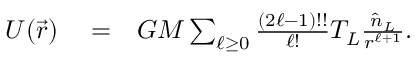
\begin{array} { r l r } { U ( \vec { r } ) } & { { } = } & { G M \sum _ { \ell \geq 0 } \frac { ( 2 \ell - 1 ) ! ! } { \ell ! } { \cal T } _ { L } \frac { \hat { n } _ { L } } { r ^ { \ell + 1 } } . } \end{array}